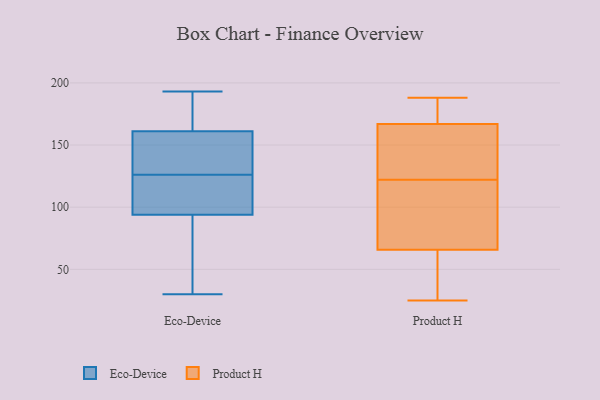
{"axis": {"x": "Production Output", "y": "Value"}, "legend": ["Eco-Device", "Product H"], "data": [{"x": "", "y": 160, "type": "Eco-Device"}, {"x": "", "y": 100, "type": "Eco-Device"}, {"x": "", "y": 41, "type": "Eco-Device"}, {"x": "", "y": 154, "type": "Eco-Device"}, {"x": "", "y": 162, "type": "Eco-Device"}, {"x": "", "y": 193, "type": "Eco-Device"}, {"x": "", "y": 117, "type": "Eco-Device"}, {"x": "", "y": 188, "type": "Eco-Device"}, {"x": "", "y": 158, "type": "Eco-Device"}, {"x": "", "y": 101, "type": "Eco-Device"}, {"x": "", "y": 161, "type": "Eco-Device"}, {"x": "", "y": 53, "type": "Eco-Device"}, {"x": "", "y": 30, "type": "Eco-Device"}, {"x": "", "y": 117, "type": "Eco-Device"}, {"x": "", "y": 185, "type": "Eco-Device"}, {"x": "", "y": 135, "type": "Eco-Device"}, {"x": "", "y": 94, "type": "Eco-Device"}, {"x": "", "y": 49, "type": "Eco-Device"}, {"x": "", "y": 136, "type": "Product H"}, {"x": "", "y": 167, "type": "Product H"}, {"x": "", "y": 182, "type": "Product H"}, {"x": "", "y": 77, "type": "Product H"}, {"x": "", "y": 129, "type": "Product H"}, {"x": "", "y": 167, "type": "Product H"}, {"x": "", "y": 126, "type": "Product H"}, {"x": "", "y": 52, "type": "Product H"}, {"x": "", "y": 59, "type": "Product H"}, {"x": "", "y": 122, "type": "Product H"}, {"x": "", "y": 188, "type": "Product H"}, {"x": "", "y": 174, "type": "Product H"}, {"x": "", "y": 25, "type": "Product H"}, {"x": "", "y": 68, "type": "Product H"}, {"x": "", "y": 32, "type": "Product H"}, {"x": "", "y": 112, "type": "Product H"}, {"x": "", "y": 77, "type": "Product H"}]}